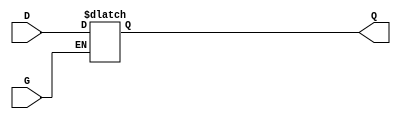
module gated_latch (
    input wire D,    // Data Input
    input wire G,    // Gate Signal
    output reg Q     // Output
);

// Always block triggered by G
always @(*) begin
    if (G) begin
        Q = D;      // Capture input when G is high
    end
    // When G is low, Q retains its last value (hold state)
end

endmodule